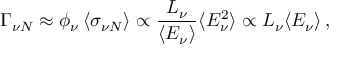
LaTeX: \Gamma _ { \nu N } \approx \phi _ { \nu } \, \langle \sigma _ { \nu N } \rangle \propto { \frac { L _ { \nu } } { \langle E _ { \nu } \rangle } } \langle E _ { \nu } ^ { 2 } \rangle \propto L _ { \nu } \langle E _ { \nu } \rangle \, ,